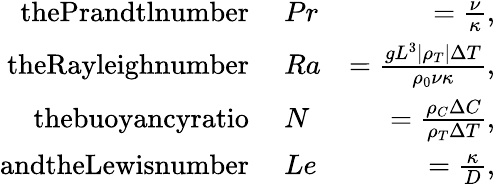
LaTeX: \begin{array}{rlr}{\textrm{thePrandtlnumber~}}&{{}Pr}&{=\frac{\nu}{\kappa},}\\ {\textrm{theRayleighnumber~}}&{{}Ra}&{=\frac{gL^{3}|\rho_{T}|\Delta T}{\rho_{0}\nu\kappa},}\\ {\textrm{thebuoyancyratio~}}&{{}N}&{=\frac{\rho_{C}\Delta C}{\rho_{T}\Delta T},}\\ {\textrm{andtheLewisnumber~}}&{{}Le}&{=\frac{\kappa}{D},}\end{array}